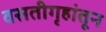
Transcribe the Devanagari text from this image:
वसतीगृहांतून